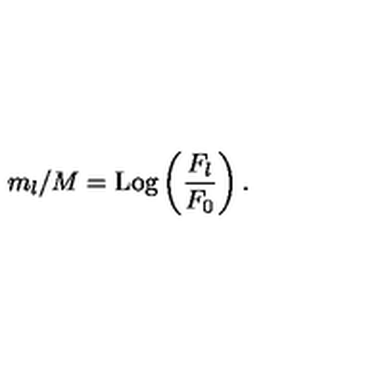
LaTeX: m _ { l } / M = \mathrm { L o g } \left( \frac { F _ { l } } { F _ { 0 } } \right) .